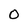
Character: O